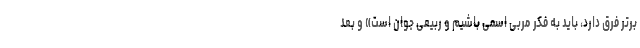
برتر فرق دارد، باید به فکر مربی اسمی باشیم و ربیعی جوان است» و بعد